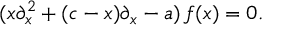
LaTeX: ( x \partial _ { x } ^ { 2 } + ( c - x ) \partial _ { x } - a ) \, f ( x ) = 0 .